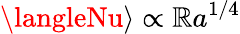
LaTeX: \langleNu\rangle\propto\mathbb{R}a^{1/4}